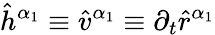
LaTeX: \hat{h}^{\alpha_{1}}\equiv\hat{v}^{\alpha_{1}}\equiv\partial_{t}\hat{r}^{\alpha_{1}}